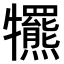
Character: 𤜑